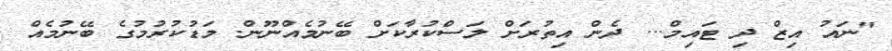
"ނައު އިޒް ދި ޓައިމް... ދެން އިތުރަށް ލަސްކުރާކަށް ބޭނުމެއްނޫން. މަޑުކުރުމުގެ ބޭނުމެއް